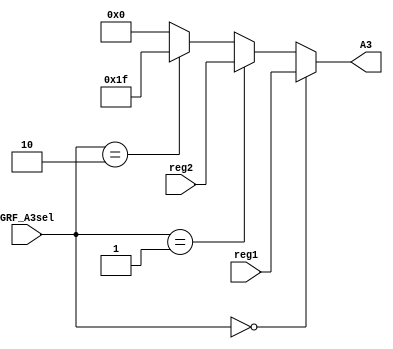
`timescale 1ns / 1ps
//////////////////////////////////////////////////////////////////////////////////
// Company: 
// Engineer: 
// 
// Design Name: 
// Module Name:    MUX 
// Project Name: 
// Target Devices: 
// Tool versions: 
// Description: 
//
// Dependencies: 
//
// Revision: 
// Revision 0.01 - File Created
// Additional Comments: 
//
//////////////////////////////////////////////////////////////////////////////////
module mux_A3(
    input [4:0] reg1,
	 input [4:0] reg2,
	 input [1:0] GRF_A3sel,
	 output [4:0] A3
    );
assign A3=(GRF_A3sel==2'b00)? reg1:
          (GRF_A3sel==2'b01)? reg2:
			 (GRF_A3sel==2'b10)? 5'b11111:0;

endmodule

module mux_grf_WD(
    input [31:0] DMout,
	 input [31:0] result,
	 input [31:0] PCn,
	 input [1:0] GRF_WDsel,
	 output [31:0] GRF_WD
    );
assign GRF_WD=(GRF_WDsel==2'b00)? DMout:
              (GRF_WDsel==2'b01)? result:
				  (GRF_WDsel==2'b10)? PCn:0;
endmodule

module mux_alub(
    input [31:0] RD2,
	 input [31:0] offset,
	 input ALU_Bsel,
	 output [31:0] data2
    );
assign data2=(ALU_Bsel==0)? RD2:offset;
endmodule